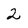
Character: 2